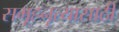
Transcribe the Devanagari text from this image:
समूहनृत्यासाठी